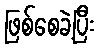
ဖြစ်စေခဲ့ပြီး